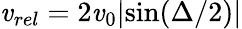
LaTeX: \mathit{v}_{rel}=2\mathit{v}_{0}|\mathrm{{sin}}(\Delta/2)|